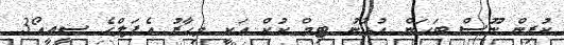
ކުރިން ނޫސް ބަހަން އުޅުނު ޓިމް ކުކް އަކީ މިހާރު އެޕަލްގެ ސީއީއޯ3